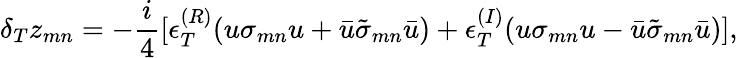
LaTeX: \delta_{T}z_{mn}=-\frac{i}{4}[\epsilon_{T}^{(R)}(u\sigma_{mn}u+\bar{u}\tilde{\sigma}_{mn}\bar{u})+\epsilon_{T}^{(I)}(u\sigma_{mn}u-\bar{u}\tilde{\sigma}_{mn}\bar{u})],